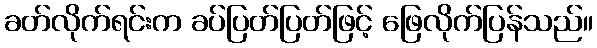
ခတ်လိုက်ရင်းက ခပ်ပြတ်ပြတ်ဖြင့် ဖြေလိုက်ပြန်သည်။